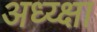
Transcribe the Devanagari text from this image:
अध्य्क्षा